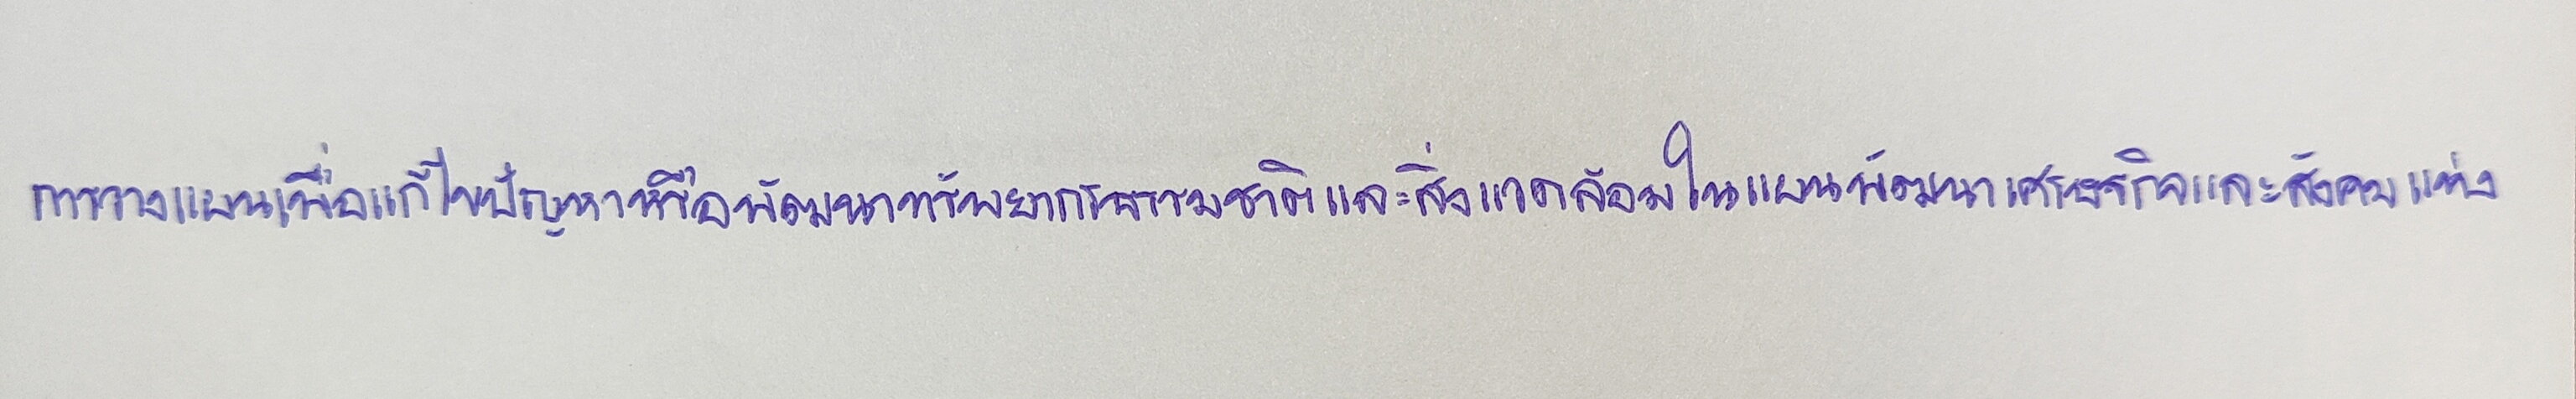
การวางแผนเพื่อแก้ไขปัญหาหรือพัฒนาทรัพยากรธรรมชาติและสิ่งแวดล้อมในแผนพัฒนาเศรษฐกิจและสังคมแห่ง